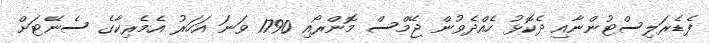
ފެޑެރަލިސްޓުންނާއި ދެކޮޅު ހެއްދެވުން ޖޭމްސް މޮންރޯއި 1790 ވަނަ އަހަރު އެމެރިކާގެ ސެނޭޓަށް